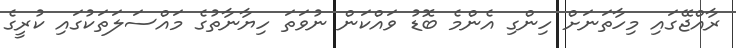
ރާއްޖޭގައި މިހާތަނަށް ހިންގި އެންމެ ބޮޑު ވައްކަން ނުވަތަ ހިޔާނާތުގެ މައްސަލަތަކުގައި ކުރީގެ